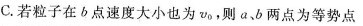
C.若粒子在b点速度大小也为v_{0}，则a、b两点为等势点